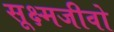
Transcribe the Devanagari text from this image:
सूक्ष्मजीवो